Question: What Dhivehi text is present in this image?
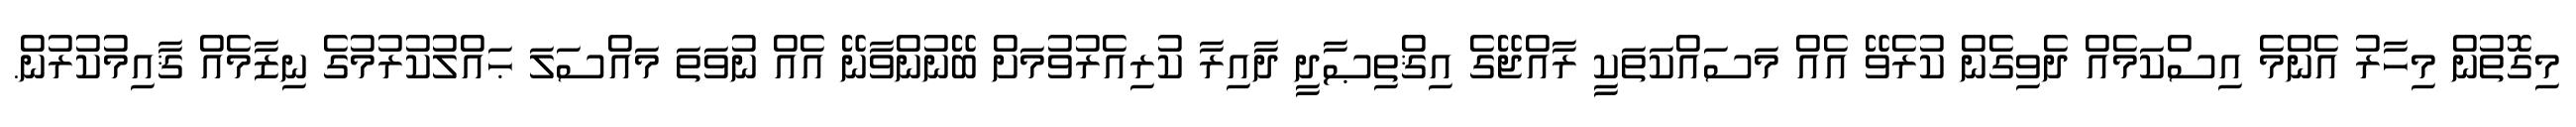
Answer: މިގޮތުން މިހާރު އެންމެ އިސްކަމެއް ދެވިގެން ކުރެވޭ އެއް މަސައްކަތަކީ ރާއްޖޭގެ އިޤްތިޞާދީ ދާއިރާ ކުރިއެރުވުމަށް ބޭނުންވާނޭ އެއް ނުވަތަ މައްސަލަ ޙައްލުކުރުމުގެ ނިޒާމެއް ޤާއިމުކުރުން.